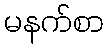
မနက်စာ